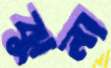
ঝুনা